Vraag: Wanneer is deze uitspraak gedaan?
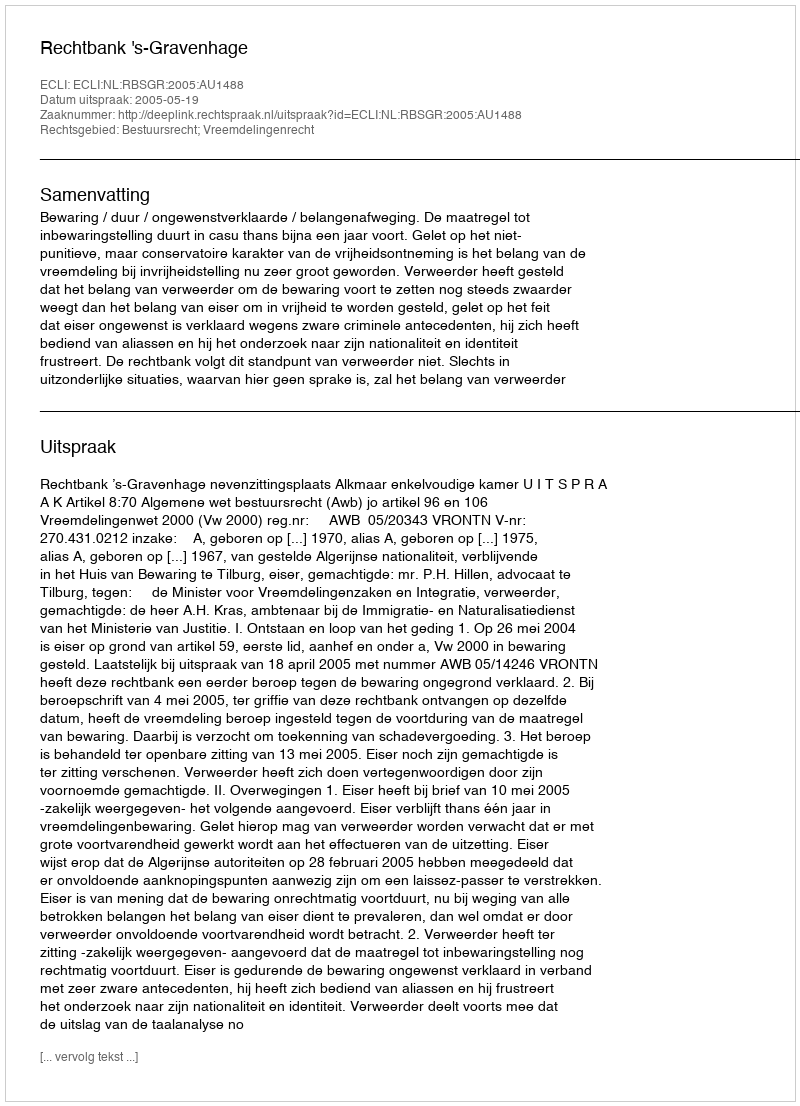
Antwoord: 2005-05-19